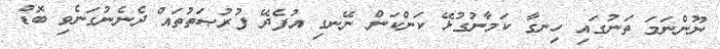
ނޫންނަމަ ތަނުގައި ހިނގާ ކަމާނުގުޅޭ ކަންކަން ނޭނގި އުފެދޭ ފުރުޞަތުތައް ދެނެނުގަނެވި ބޮޑު